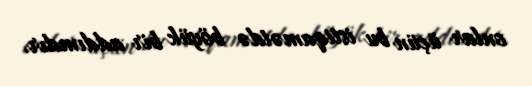
onlar üçün bu istiqamətdə böyük bir addımdır.